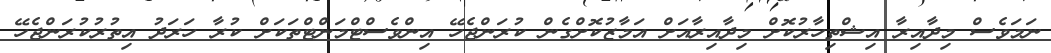
ނަމަވެސް މިދާއިރާ އިޝްތިހާރުކޮށް މިދާއިރާއަށް އަމާޒުކޮށްގެން ކުރަންޖެހޭ އިންވެސްޓްމަންޓްތަކަށް ކުރާ ހަރަދު އިތުރުކުރަންޖެހޭ